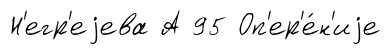
Н'егр'еjева А 95 Оп'ер'е́н'иjе